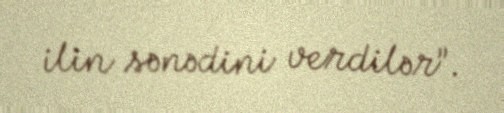
ilin sənədini verdilər”.